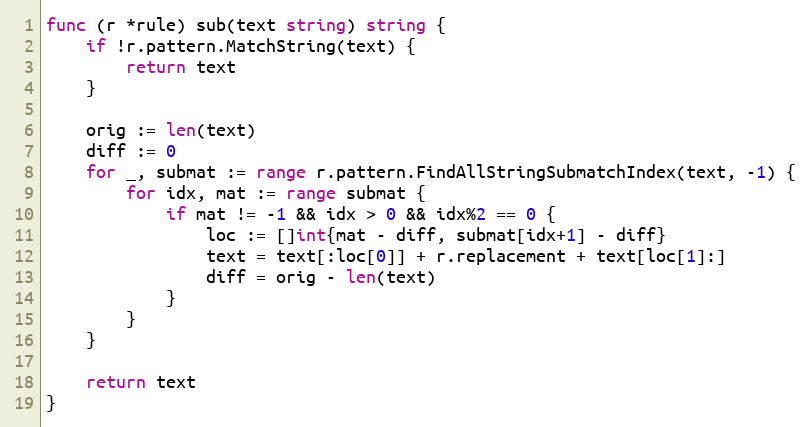
Language: Go
func (r *rule) sub(text string) string {
	if !r.pattern.MatchString(text) {
		return text
	}

	orig := len(text)
	diff := 0
	for _, submat := range r.pattern.FindAllStringSubmatchIndex(text, -1) {
		for idx, mat := range submat {
			if mat != -1 && idx > 0 && idx%2 == 0 {
				loc := []int{mat - diff, submat[idx+1] - diff}
				text = text[:loc[0]] + r.replacement + text[loc[1]:]
				diff = orig - len(text)
			}
		}
	}

	return text
}